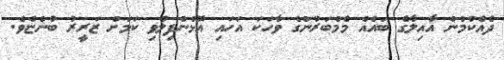
ދެއްކުމުން އާއިލާގެ ބައެއް މެމްބަރުންގެ ވާހަކަ އަހައި އޮޅުންފިލުވި ކަމަށް ޒަރީރު ބުންޏެވެ.